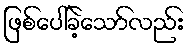
ဖြစ်ပေါ်ခဲ့သော်လည်း